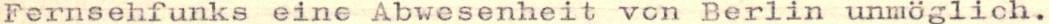
Fernsehfunks eine Abwesenheit vcn Berlin unmöglich.